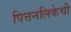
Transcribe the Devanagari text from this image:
पित्तनलिकेची